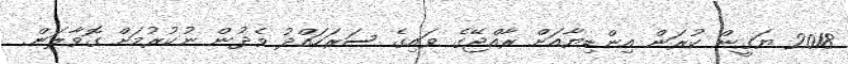
2018 ޔަގީން ކުރަން އިންޑިޔާއަށް ރާއްޖޭގެ ވައިގެ ސަރަހައްދު ވެދުން ނުކުރުމަށް ގޮވާލަން.